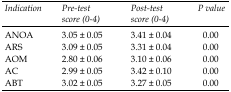
<table><thead><tr><td><b><i>Indication</i></b></td><td><b><i>Pre-test score (0-4)</i></b></td><td><b><i>Post-test score (0-4)</i></b></td><td><b><i>P value</i></b></td></tr></thead><tbody><tr><td>ANOA</td><td>3.05 ± 0.05 </td><td>3.41 ± 0.04</td><td>0.00</td></tr><tr><td>ARS</td><td>3.09 ± 0.05 </td><td>3.31 ± 0.04</td><td>0.00</td></tr><tr><td>AOM</td><td>2.80 ± 0.06 </td><td>3.10 ± 0.06</td><td>0.00</td></tr><tr><td>AC</td><td>2.99 ± 0.05 </td><td>3.42 ± 0.10</td><td>0.00</td></tr></tbody></table>